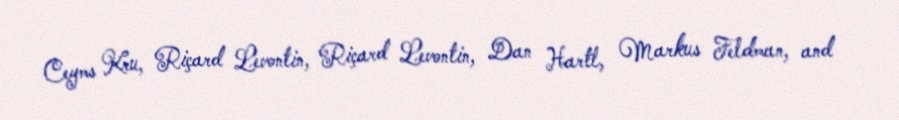
Ceyms Kru, Riçard Levontin, Riçard Levontin, Dan Hartl, Markus Feldman, and